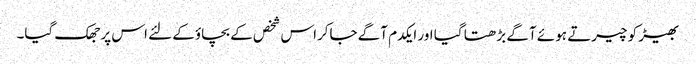
بھیڑ کو چیرتے ہوئے آگے بڑھتا گیا اور ایکدم آگے جاکراس شخص کے بچاؤکے لئے اس پر جھک گیا۔